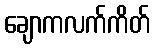
ချောကလက်ကိတ်